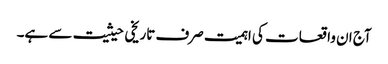
آج ان واقعات کی اہمیت صرف تاریخی حیثیت سے ہے۔